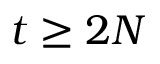
t \geq 2 N